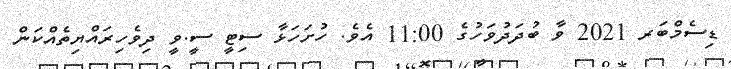
ޑިސެމްބަރ 2021 ވާ ބުދަދުވަހުގެ 11:00 އެވެ. ހުށަހަޅާ ސިޓީ ސީ.ވީ ދިވެހިރައްޔިތެއްކަން